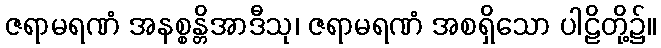
ဇရာမရဏံ အနစ္စန္တိအာဒီသု၊ ဇရာမရဏံ အစရှိသော ပါဠိတို့၌။